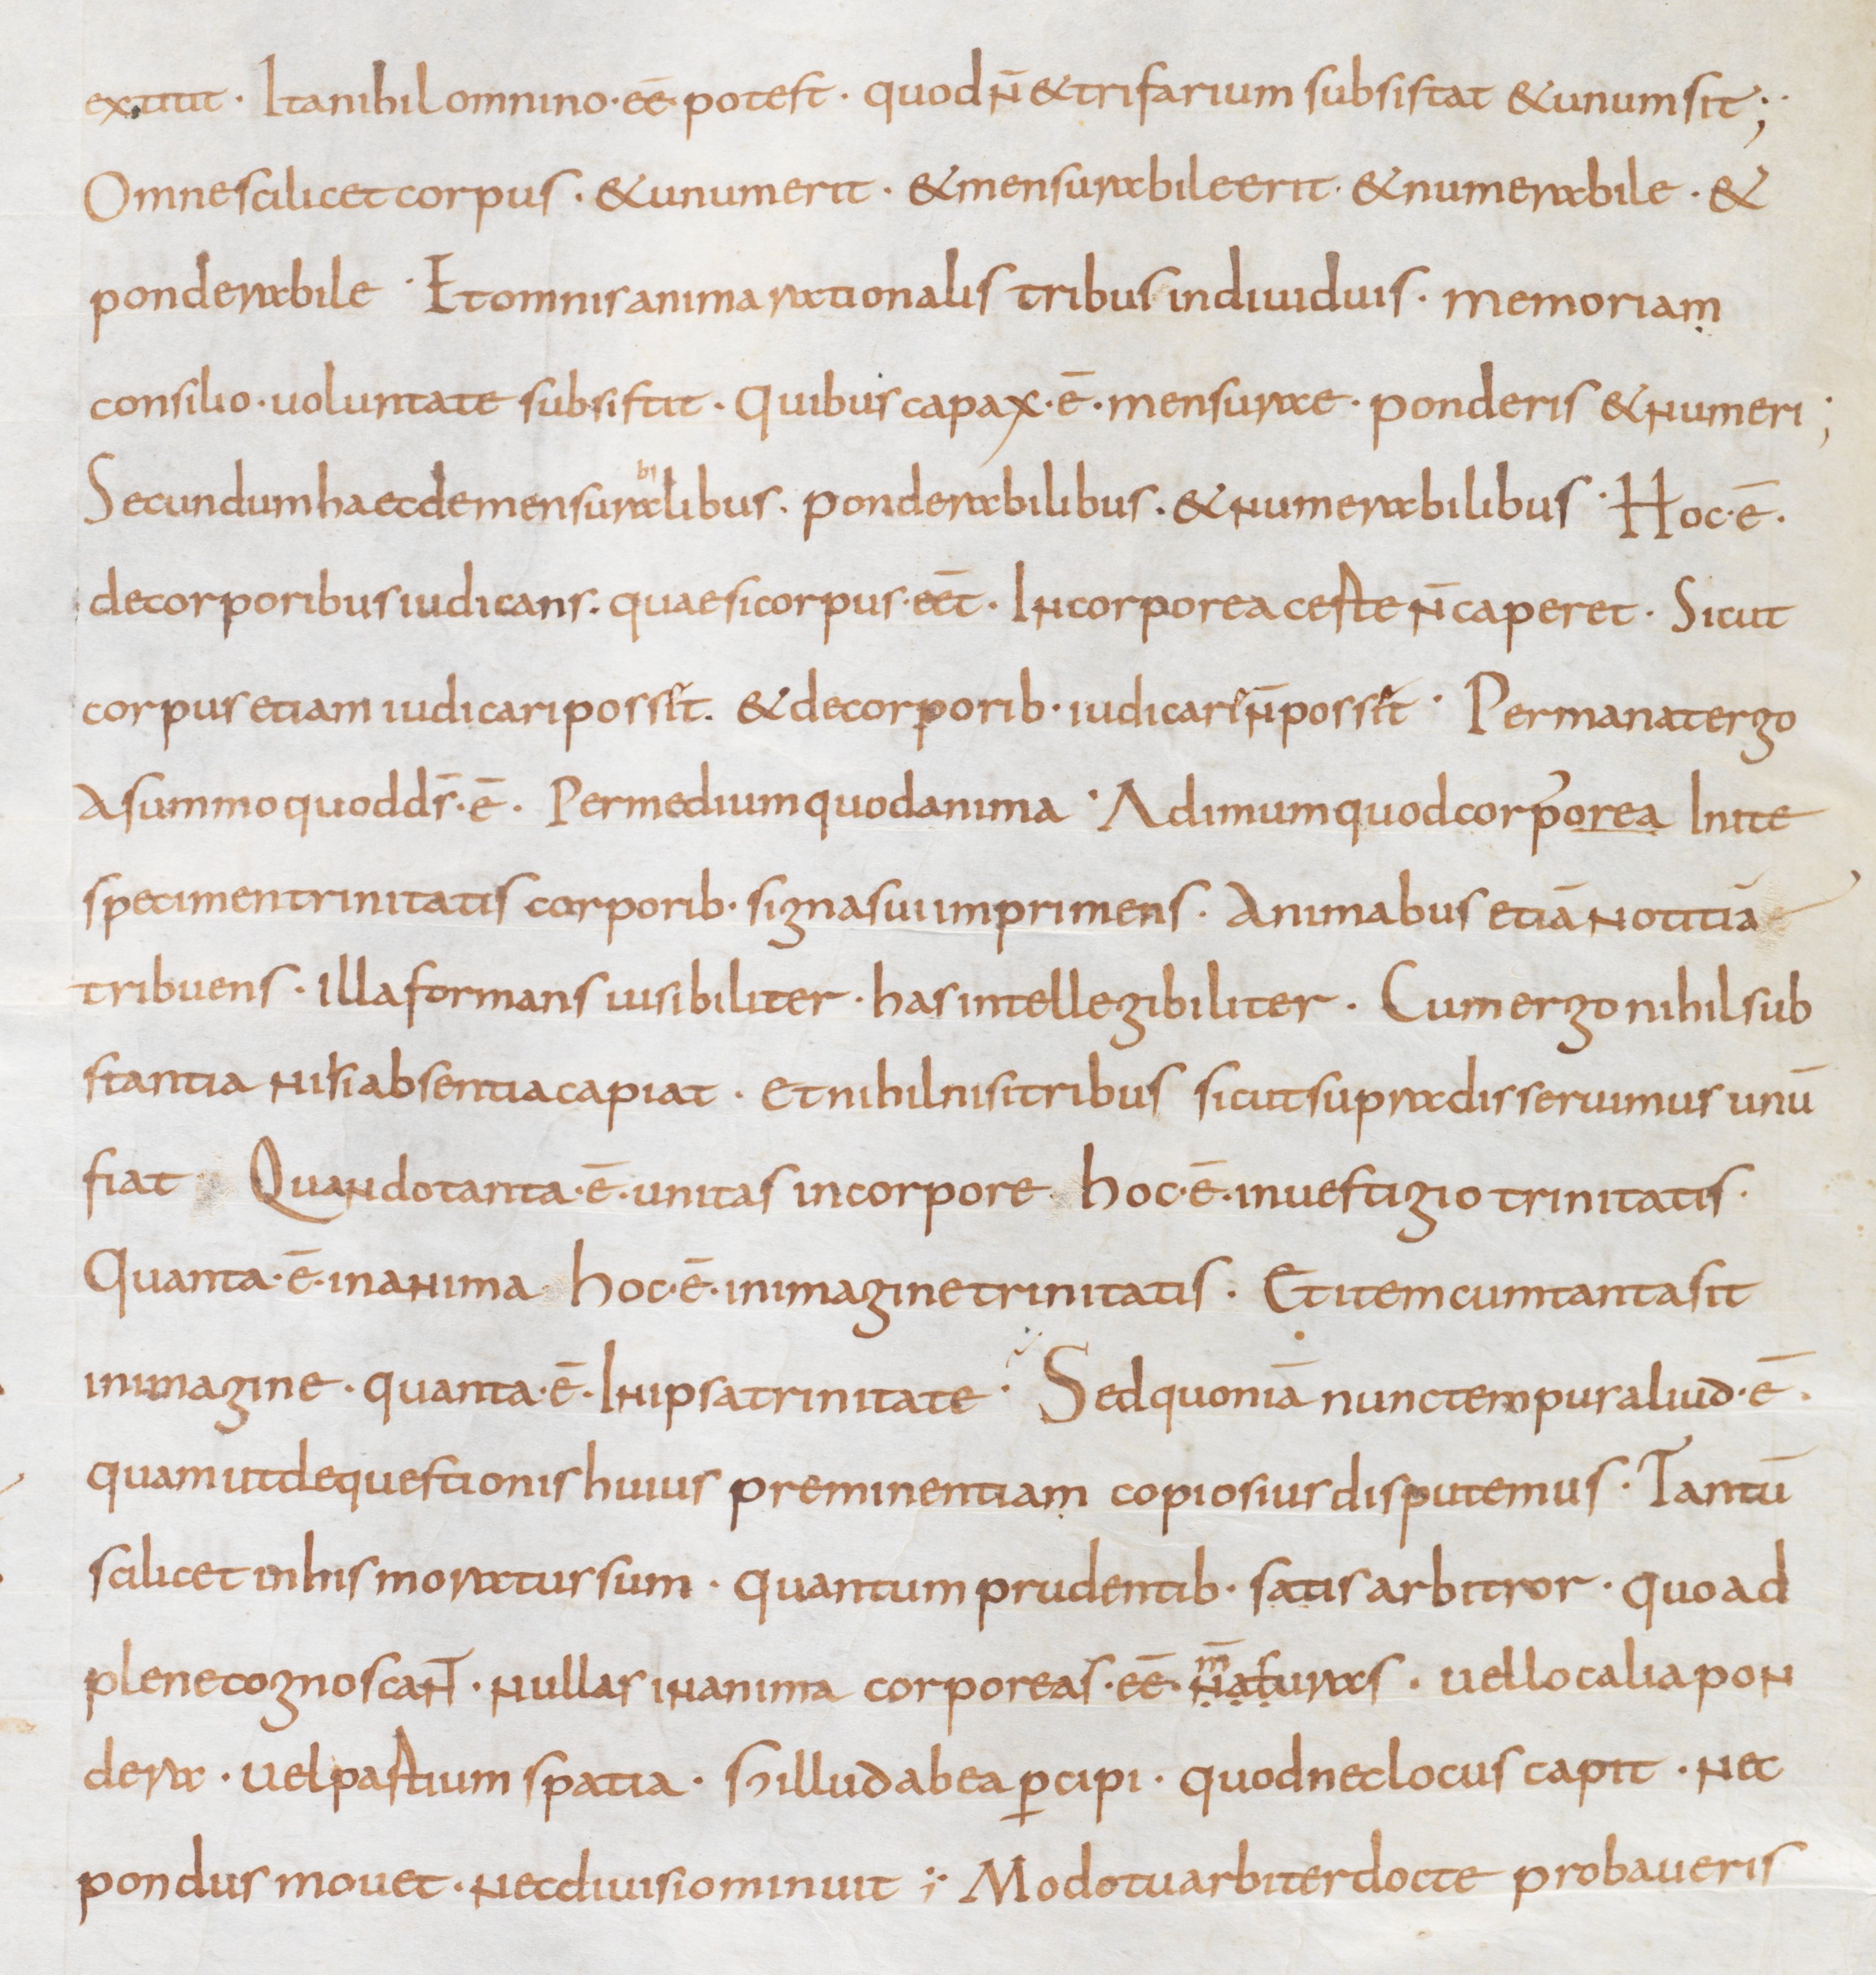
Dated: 850–874